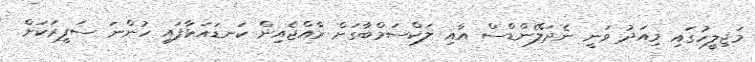
މަޖިލީހުގައި މިއަދު ވަނީ ނެދަލޭންޑްސް އާއި ލަކްސަމްބާގަށް ރާއްޖެއިން ކަނޑައަޅާފައި ހުންނަ ސަފީރަކަށް